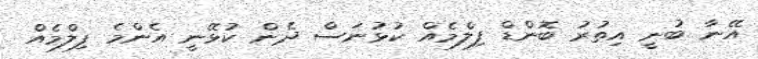
އޭނާ ބުނީ އިތުރު ބޮންޑް ފިލްމެއް ކުޅުނަސް ދެން ކުޅޭނީ އެންމެ ފިލްމެއް